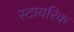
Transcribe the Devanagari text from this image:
स्टायरिक